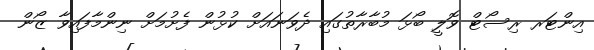
އިންޓަރ ރިސޯޓް ވޮލީ ބޯޅަ މުބާރާތުގައި ދެވަނައަށް ކުޅުން ފެށުމަށް ނިންމާފައިވާ ޒޯން